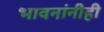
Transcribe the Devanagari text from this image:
भावनांनीही